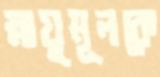
স্নায়ুমূলকে